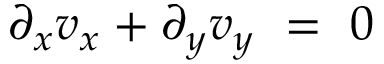
\partial _ { x } v _ { x } + \partial _ { y } v _ { y } \ = \ 0